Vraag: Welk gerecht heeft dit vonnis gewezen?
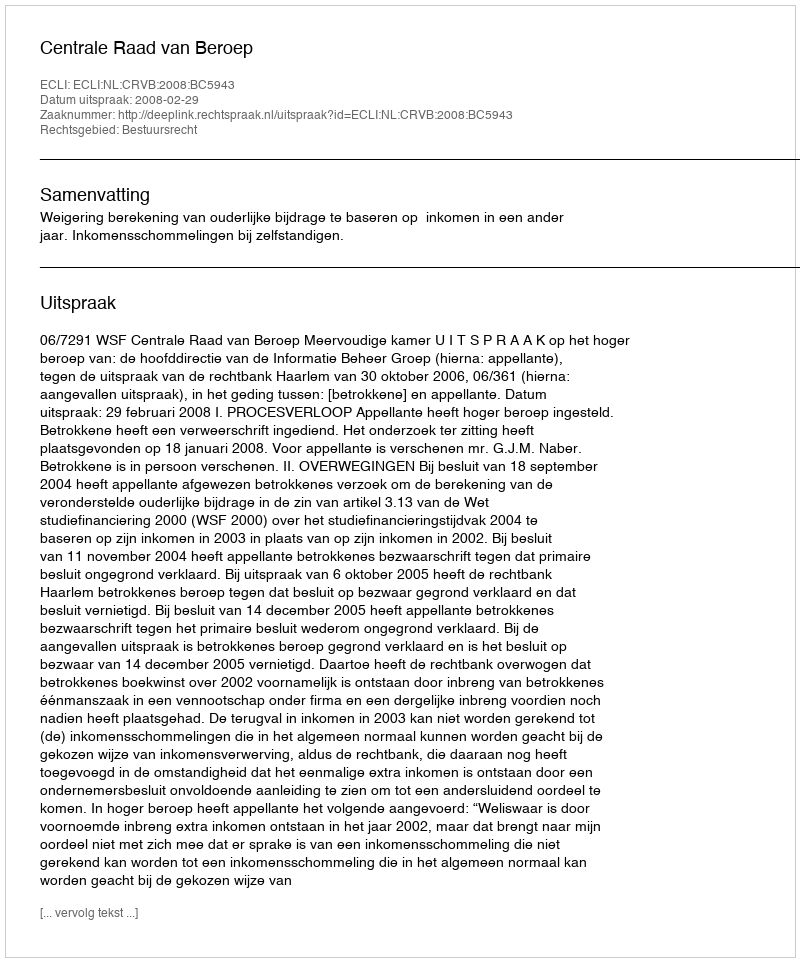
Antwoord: Centrale Raad van Beroep